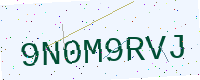
Text: 9N0M9RVJ